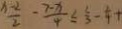
\frac { x - 2 } { 2 } - \frac { 7 - x } { 4 } \leq \frac { 1 } { 3 } - \frac { 1 } { 4 } +